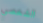
الشخصى